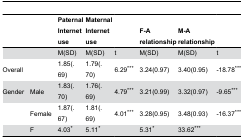
<table><thead><tr><td></td><td></td><td><b>Paternal Internet use</b></td><td><b>Maternal Internet use</b></td><td></td><td><b>F-A relationship</b></td><td><b>M-A relationship</b></td><td></td></tr></thead><tbody><tr><td></td><td></td><td>M(SD)</td><td>M(SD)</td><td>t</td><td>M(SD)</td><td>M(SD)</td><td>t</td></tr><tr><td>Overall</td><td></td><td>1.85(.69)</td><td>1.79(.70)</td><td>6.29<sup>***</sup></td><td>3.24(0.97)</td><td>3.40(0.95)</td><td>-18.78<sup>***</sup></td></tr><tr><td>Gender</td><td>Male</td><td>1.83(.70)</td><td>1.76(.69)</td><td>4.79<sup>***</sup></td><td>3.21(0.99)</td><td>3.32(0.97)</td><td>-9.65<sup>***</sup></td></tr><tr><td></td><td>Female</td><td>1.87(.67)</td><td>1.81(.69)</td><td>4.01<sup>***</sup></td><td>3.28(0.95)</td><td>3.48(0.93)</td><td>-16.37<sup>***</sup></td></tr><tr><td></td><td>F</td><td>4.03<sup>*</sup></td><td>5.11<sup>*</sup></td><td></td><td>5.31<sup>*</sup></td><td>33.62<sup>***</sup></td><td></td></tr></tbody></table>